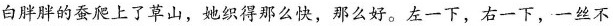
白胖胖的蚕爬上了草山，她织得那么快，那么好。左一下，右一下，一丝不